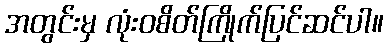
အတွင်းမှ လုံးဝစိတ်ကြိုက်ပြင်ဆင်ပါ။